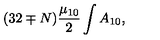
( 3 2 \mp N ) { \frac { \mu _ { 1 0 } } { 2 } } \int A _ { 1 0 } ,